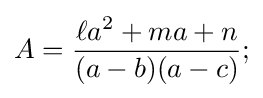
A={\frac {\ell a^{2}+ma+n}{(a-b)(a-c)}};